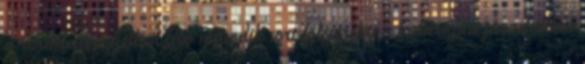
a rendelettervezetben lévő második sort fölcserélni a határozati javaslatban